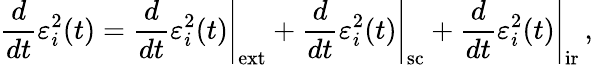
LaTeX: \frac{d}{dt}\varepsilon_{i}^{2}(t)=\left.\frac{d}{dt}\varepsilon_{i}^{2}(t)\right|_{\mathrm{ext}}+\left.\frac{d}{dt}\varepsilon_{i}^{2}(t)\right|_{\mathrm{sc}}+\left.\frac{d}{dt}\varepsilon_{i}^{2}(t)\right|_{\mathrm{ir}}\, ,